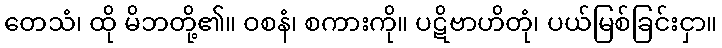
တေသံ၊ ထို မိဘတို့၏။ ဝစနံ၊ စကားကို။ ပဋိဗာဟိတုံ၊ ပယ်မြစ်ခြင်းငှာ။